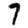
Digit: 7